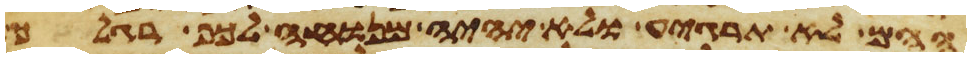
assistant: ההם לא תרגיע ולא יהיה מנוח לכף רגלך